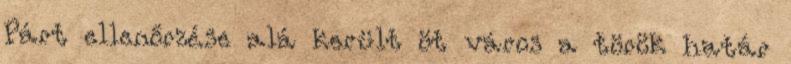
Párt ellenőrzése alá került öt város a török határ